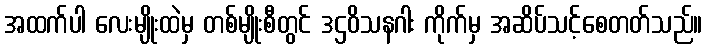
အထက်ပါ လေးမျိုးထဲမှ တစ်မျိုးစီတွင် ဒဌဝိသနဂါး ကိုက်မှ အဆိပ်သင့်စေတတ်သည်။